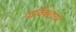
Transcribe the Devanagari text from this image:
वार्विक्शायर